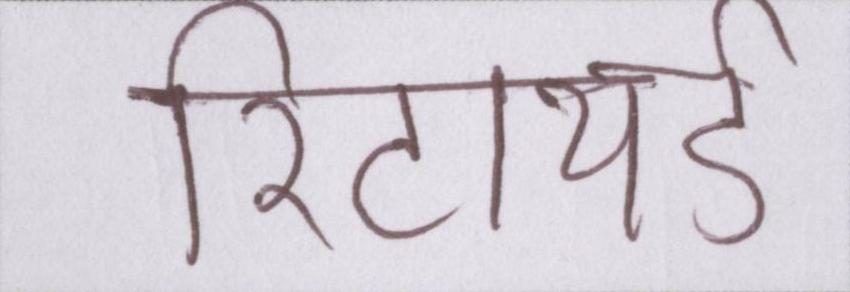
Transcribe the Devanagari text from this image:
रिटायर्ड